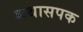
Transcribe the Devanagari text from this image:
कथासपक